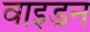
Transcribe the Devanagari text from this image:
वाइडन